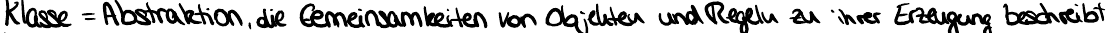
Klasse = Abstraktion, die Gemeinsamkeiten von Objekten und Regeln zu ihrer Erzeugung beschreibt